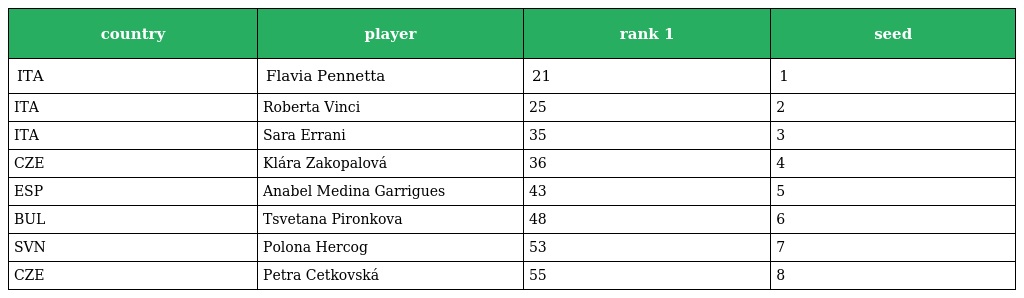
| country | player | rank 1 | seed |
 | --- | --- | --- | --- |
 | ITA | Flavia Pennetta | 21 | 1 |
 | ITA | Roberta Vinci | 25 | 2 |
 | ITA | Sara Errani | 35 | 3 |
 | CZE | Klára Zakopalová | 36 | 4 |
 | ESP | Anabel Medina Garrigues | 43 | 5 |
 | BUL | Tsvetana Pironkova | 48 | 6 |
 | SVN | Polona Hercog | 53 | 7 |
 | CZE | Petra Cetkovská | 55 | 8 |